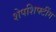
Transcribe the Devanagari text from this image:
शेपशिफ्टींग